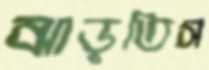
ঝাড়তিস